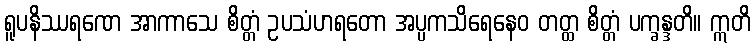
ရူပနိဿရဏေ အာကာသေ စိတ္တံ ဥပသံဟရတော အပ္ပကသိရေနေဝ တတ္ထ စိတ္တံ ပက္ခန္ဒတိ။ ဣတိ